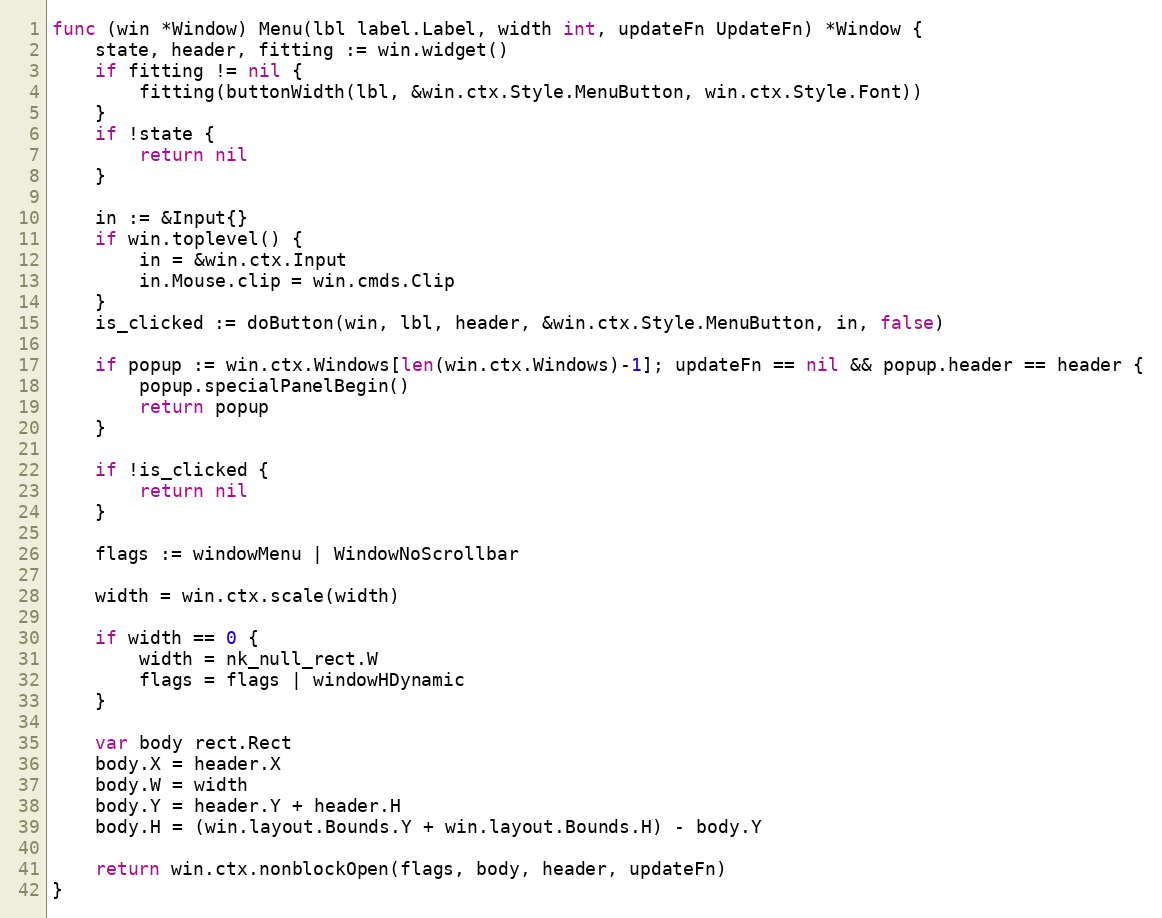
Language: Go
func (win *Window) Menu(lbl label.Label, width int, updateFn UpdateFn) *Window {
	state, header, fitting := win.widget()
	if fitting != nil {
		fitting(buttonWidth(lbl, &win.ctx.Style.MenuButton, win.ctx.Style.Font))
	}
	if !state {
		return nil
	}

	in := &Input{}
	if win.toplevel() {
		in = &win.ctx.Input
		in.Mouse.clip = win.cmds.Clip
	}
	is_clicked := doButton(win, lbl, header, &win.ctx.Style.MenuButton, in, false)

	if popup := win.ctx.Windows[len(win.ctx.Windows)-1]; updateFn == nil && popup.header == header {
		popup.specialPanelBegin()
		return popup
	}

	if !is_clicked {
		return nil
	}

	flags := windowMenu | WindowNoScrollbar

	width = win.ctx.scale(width)

	if width == 0 {
		width = nk_null_rect.W
		flags = flags | windowHDynamic
	}

	var body rect.Rect
	body.X = header.X
	body.W = width
	body.Y = header.Y + header.H
	body.H = (win.layout.Bounds.Y + win.layout.Bounds.H) - body.Y

	return win.ctx.nonblockOpen(flags, body, header, updateFn)
}